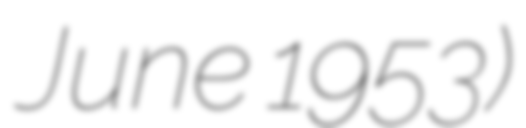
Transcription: June 1953)